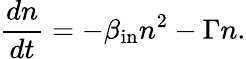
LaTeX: \frac{dn}{dt}=-\beta_{\mathrm{{in}}}n^{2}-\Gamma n.